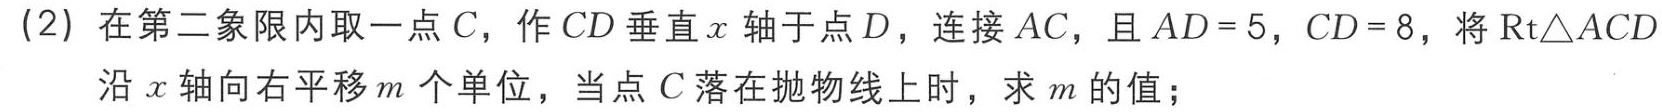
(2) 在第二象限内取一点\(C\)，作\(CD\)垂直\(x\)轴于点\(D\)，连接\(AC\)，且\(AD = 5\)，\(CD = 8\)，将\(Rt\triangle ACD\)沿\(x\)轴向右平移\(m\)个单位，当点\(C\)落在抛物线上时，求\(m\)的值；